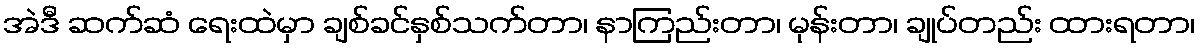
အဲဒီ ဆက်ဆံ ရေးထဲမှာ ချစ်ခင်နှစ်သက်တာ၊ နာကြည်းတာ၊ မုန်းတာ၊ ချုပ်တည်း ထားရတာ၊